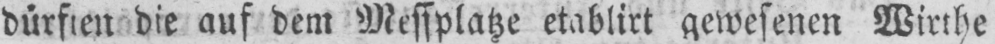
dürften die auf dem Messplatze etablirt gewesenen Wirthe